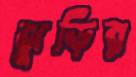
ঝুড়ির